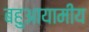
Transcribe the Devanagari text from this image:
बहुआयामीय